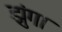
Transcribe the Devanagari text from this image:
झुंगा